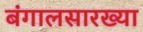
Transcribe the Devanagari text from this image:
बंगालसारख्या